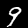
Digit: 9